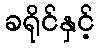
ခရိုင်နှင့်